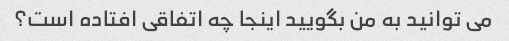
می توانید به من بگویید اینجا چه اتفاقی افتاده است؟